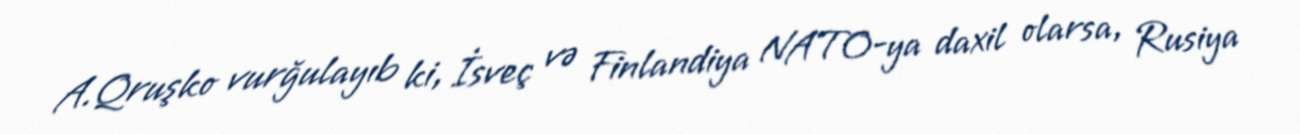
A.Qruşko vurğulayıb ki, İsveç və Finlandiya NATO-ya daxil olarsa, Rusiya